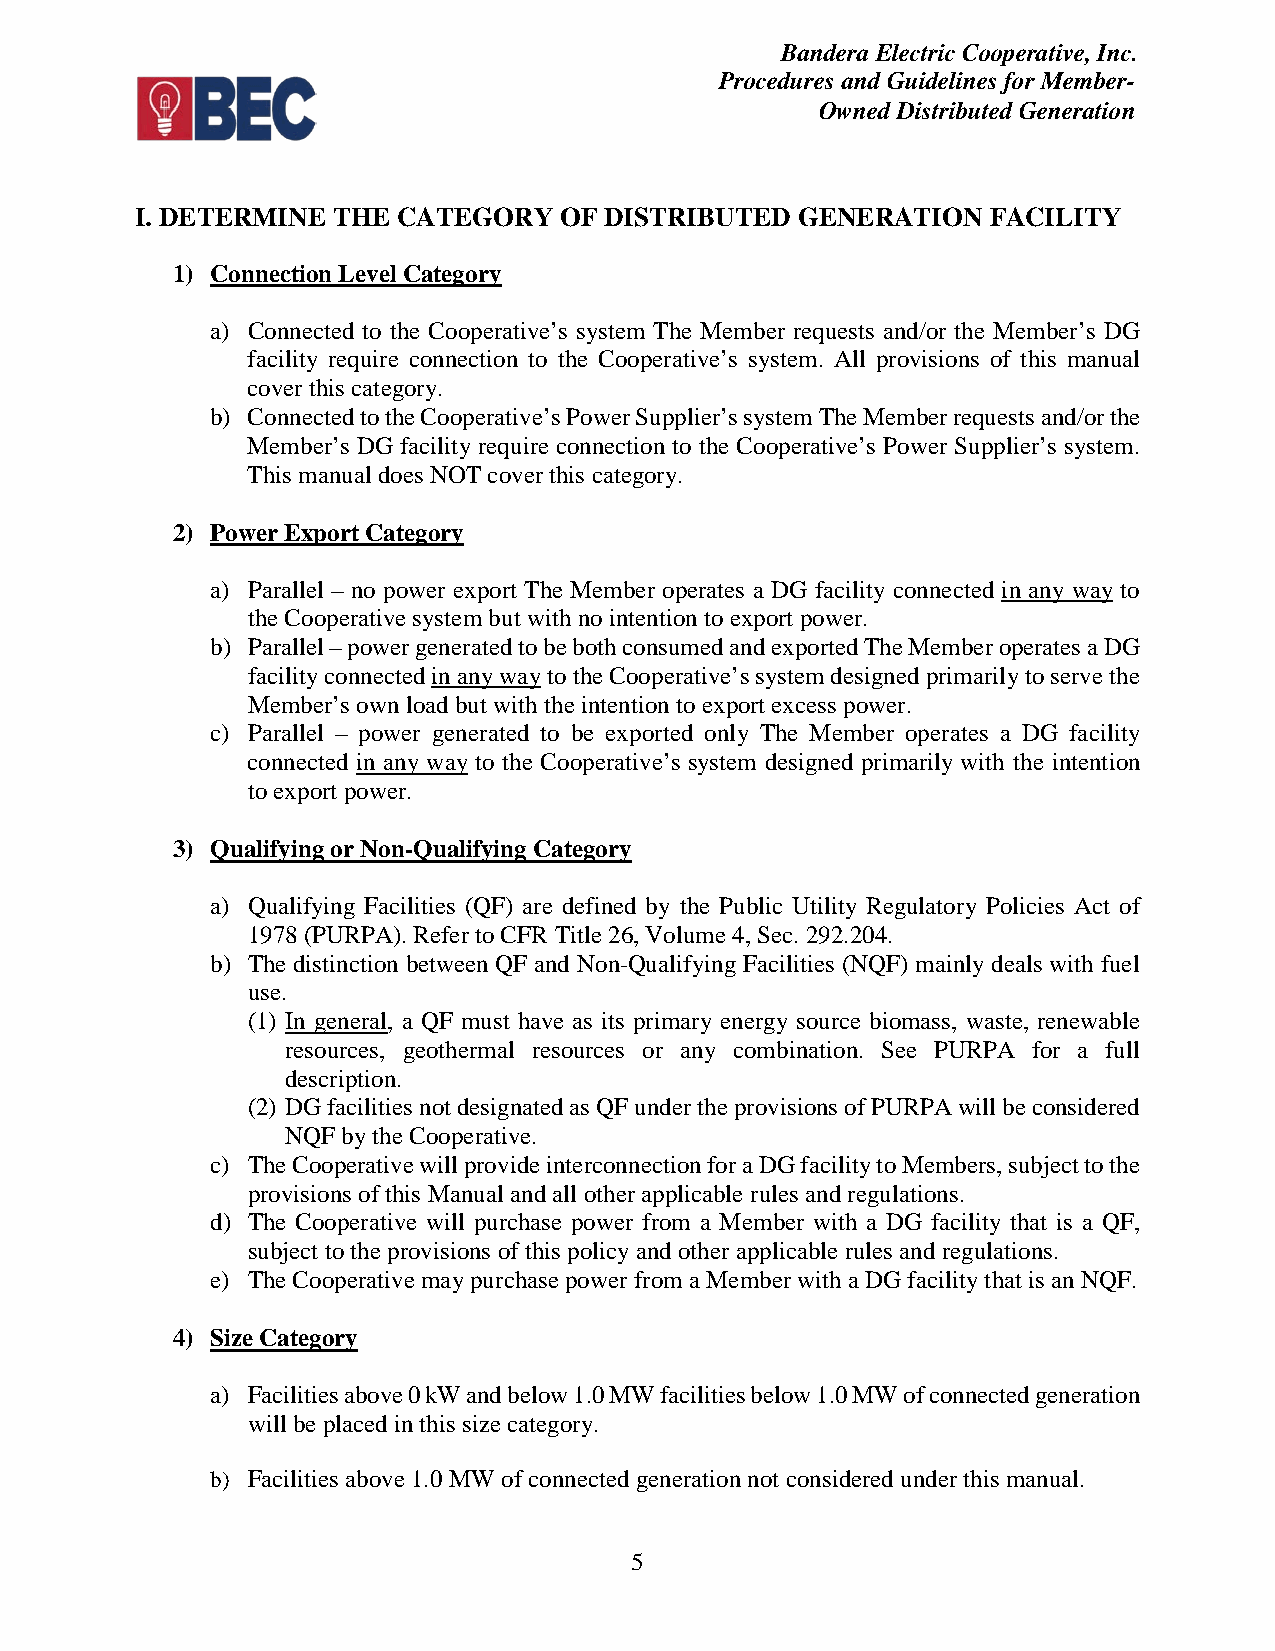
Bandera Electric Cooperative, Inc.
 Procedures and Guidelines for Member-
 Owned Distributed Generation
 I. DETERMINE THE CATEGORY   OF DISTRIBUTED  GENERATION   FACILITY
 1) Connection Level Category
 a) Connected to the Cooperative’s system The Member requests and/or the Member’s DG
 facility require connection to the Cooperative’s system. All provisions of this manual
 cover this category.
 b) Connected to the Cooperative’s Power Supplier’s system The Member requests and/or the
 Member’s DG facility require connection to the Cooperative’s Power Supplier’s system.
 This manual does NOT cover this category.
 2) Power Export Category
 a) Parallel – no power export The Member operates a DG facility connected in any way to
 the Cooperative system but with no intention to export power.
 b) Parallel – power generated to be both consumed and exported The Member operates a DG
 facility connected in any way to the Cooperative’s system designed primarily to serve the
 Member’s own load but with the intention to export excess power.
 c) Parallel – power generated to be exported only The Member operates a DG facility
 connected in any way to the Cooperative’s system designed primarily with the intention
 to export power.
 3) Qualifying or Non-Qualifying Category
 a) Qualifying Facilities (QF) are defined by the Public Utility Regulatory Policies Act of
 1978 (PURPA). Refer to CFR Title 26, Volume 4, Sec. 292.204.
 b) The distinction between QF and Non-Qualifying Facilities (NQF) mainly deals with fuel
 use.
 (1) In general, a QF must have as its primary energy source biomass, waste, renewable
 resources, geothermal resources or any combination. See PURPA for a full
 description.
 (2) DG facilities not designated as QF under the provisions of PURPA will be considered
 NQF by the Cooperative.
 c) The Cooperative will provide interconnection for a DG facility to Members, subject to the
 provisions of this Manual and all other applicable rules and regulations.
 d) The Cooperative will purchase power from a Member with a DG facility that is a QF,
 subject to the provisions of this policy and other applicable rules and regulations.
 e) The Cooperative may purchase power from a Member with a DG facility that is an NQF.
 4) Size Category
 a) Facilities above 0 kW and below 1.0 MW facilities below 1.0 MW of connected generation
 will be placed in this size category.
 b) Facilities above 1.0 MW of connected generation not considered under this manual.
 5